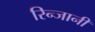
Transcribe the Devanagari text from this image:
रिन्जानी